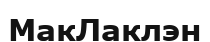
МакЛаклэн